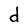
Character: d